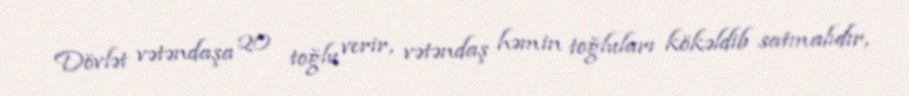
Dövlət vətəndaşa 20 toğlu verir, vətəndaş həmin toğluları kökəldib satmalıdır,